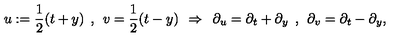
u : = \frac { 1 } { 2 } ( t + y ) \: \: , \: \: v = \frac { 1 } { 2 } ( t - y ) \: \: \Rightarrow \: \: \partial _ { u } = \partial _ { t } + \partial _ { y } \: \: , \: \: \partial _ { v } = \partial _ { t } - \partial _ { y } ,